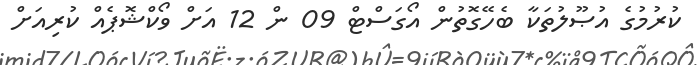
ކުރުމުގެ އުޞޫލުތަކާ ބެހޭގޮތުން އޯގަސްޓް 09 ން 12 އަށް ވޯކްޝޮޕެއް ކުރިއަށް